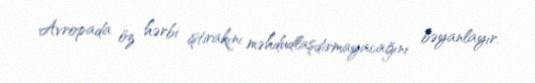
Avropada öz hərbi iştirakını məhdudlaşdırmayacağını bəyanlayır.